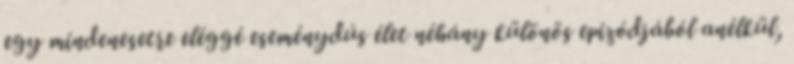
egy mindenesetre eléggé eseménydús élet néhány különös epizódjából anélkül,